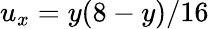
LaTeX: u_{x}=y(8-y)/16